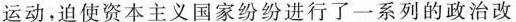
运动，迫使资本主义国家纷纷进行了一系列的政治改